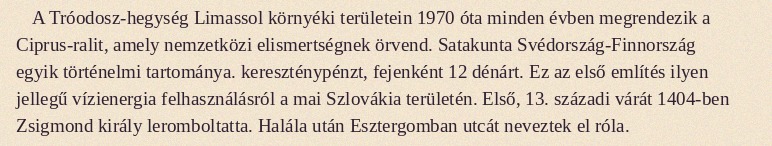
A Tróodosz-hegység Limassol környéki területein 1970 óta minden évben megrendezik a Ciprus-ralit, amely nemzetközi elismertségnek örvend. Satakunta Svédország-Finnország egyik történelmi tartománya. kereszténypénzt, fejenként 12 dénárt. Ez az első említés ilyen jellegű vízienergia felhasználásról a mai Szlovákia területén. Első, 13. századi várát 1404-ben Zsigmond király leromboltatta. Halála után Esztergomban utcát neveztek el róla.